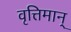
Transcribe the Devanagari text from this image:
वृत्तिमान्‌